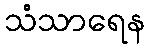
သံသာရေန